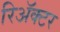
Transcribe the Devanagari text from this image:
रिॲक्टर